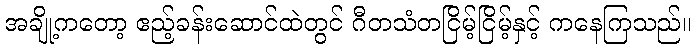
အချို့ကတော့ ဧည့်ခန်းဆောင်ထဲတွင် ဂီတသံတငြိမ့်ငြိမ့်နှင့် ကနေကြသည်။